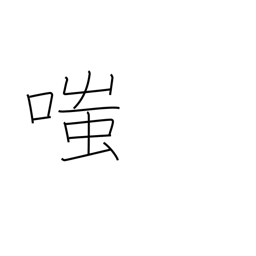
Meaning: laugh